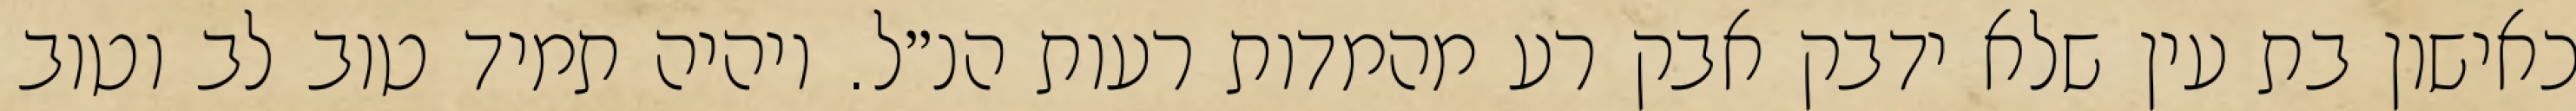
כאישון בת עין שלא ידבק אבק רע מהמדות רעות הנ״ל. ויהיה תמיד טוב לב וטוב